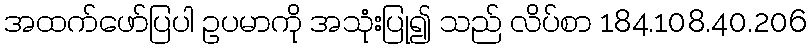
အထက်ဖော်ပြပါ ဥပမာကို အသုံးပြု၍ သည် လိပ်စာ 184.108.40.206